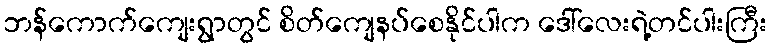
ဘန်ကောက်ကျေးရွာတွင် စိတ်ကျေနပ်စေနိုင်ပါက ဒေါ်လေးရဲ့တင်ပါးကြီး